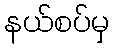
နယ်စပ်မှ